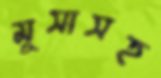
মুসাসহ